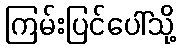
ကြမ်းပြင်ပေါ်သို့